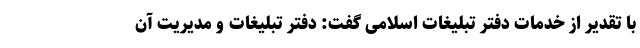
با تقدیر از خدمات دفتر تبلیغات اسلامی گفت: دفتر تبلیغات و مدیریت آن